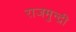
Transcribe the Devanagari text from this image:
राजमुन्द्री